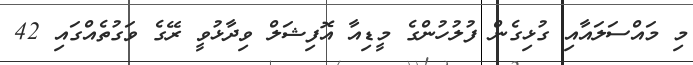
މި މައްސަލައާއި ގުޅިގެން ފުލުހުންގެ މީޑިއާ އޮފިޝަލް ވިދާޅުވީ ރޭގެ ވަގުތެއްގައި 42